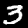
Label: 3